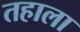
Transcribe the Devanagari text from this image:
तहाला